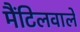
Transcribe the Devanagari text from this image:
मैंटिलवाले